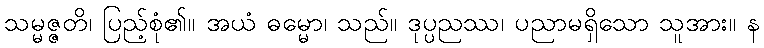
သမ္မဇ္ဇတိ၊ ပြည့်စုံ၏။ အယံ ဓမ္မော၊ သည်။ ဒုပ္ပညဿ၊ ပညာမရှိသော သူအား။ န